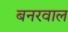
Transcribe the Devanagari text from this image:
बनरवाल